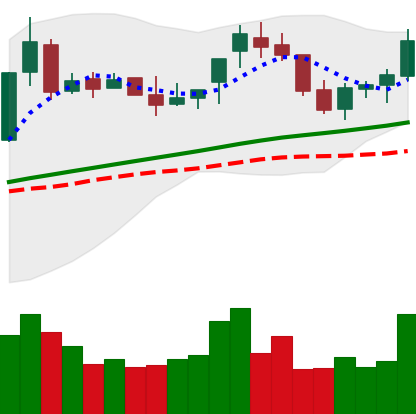
Ticker: BNB-USD
Chart end date: 2018-04-21
Forward return: 9.532%
Label: up_7plus